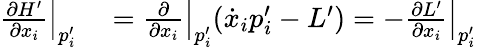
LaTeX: \begin{array}{rl}{\left.{\frac{\partial H^{\prime}}{\partial{x_{i}}}}\right|_{p_{i}^{\prime}}}&{{}=\left.{\frac{\partial}{\partial{x_{i}}}}\right|_{p_{i}^{\prime}}({\dot{x}}_{i}p_{i}^{\prime}-L^{\prime})=-\left.{\frac{\partial L^{\prime}}{\partial{x_{i}}}}\right|_{p_{i}^{\prime}}}\end{array}